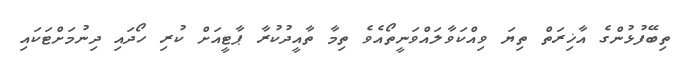
ތިބޭފުޅުންގެ އާޚިރަތް ތިޔަ ވިއްކަވާލައްވަނީތޯއެވެ ތިމާ ތާއީދުކުރާ ޕާޓީއަށް ކުރި ހޯދައި ދިނުމަށްޓަކައި